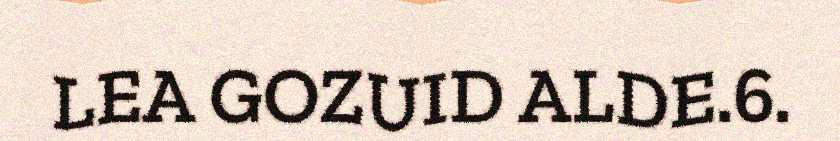
LEA GOZUID ALDE.6.